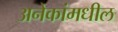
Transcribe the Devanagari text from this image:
अनेकांमधील